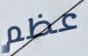
عظم